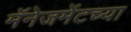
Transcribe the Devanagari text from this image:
मॅनेजमेंटच्या